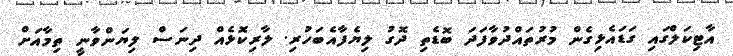
އާޓިކަލްގައި ގަޑައެޅިގެން މުރުތައްދުވާފަދަ ބޮޑެތި ދޮގު ލިޔެފާއެބަހުރި. ލާރިކޮޅެއް ދިނަސް ލިޔަންވާނީ ތިމާއަށް